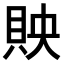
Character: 𧵌